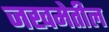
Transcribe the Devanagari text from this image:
जखमेतील